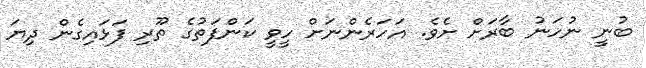
ބުނީ ނުހަނު ބާރަށް ށެވެ. އަހަރެންނަށް ހީވީ ކަންފަތުގެ ތޫރި ފަޅައިގެން ދިޔަ